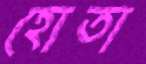
হোতা